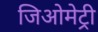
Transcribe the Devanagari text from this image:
जिअोमेट्री